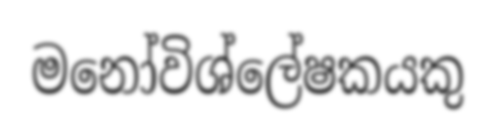
මනෝවිශ්ලේෂකයකු